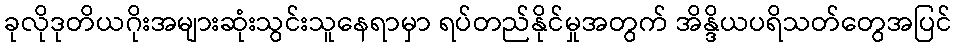
ခုလိုဒုတိယဂိုးအများဆုံးသွင်းသူနေရာမှာ ရပ်တည်နိုင်မှုအတွက် အိန္ဒိယပရိသတ်တွေအပြင်